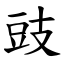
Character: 豉